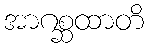
အာဂစ္ဆထာတိ